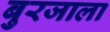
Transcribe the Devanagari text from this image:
बुरजाला